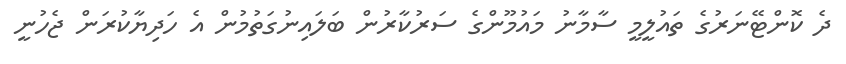
ދެ ކޮންޓޭނަރުގެ ތައުލީމީ ސާމާނު މައުމޫންގެ ސަރުކާރުން ބަލައިނުގަތުމުން އެ ހަދިޔާކުރަން ޖެހުނީ